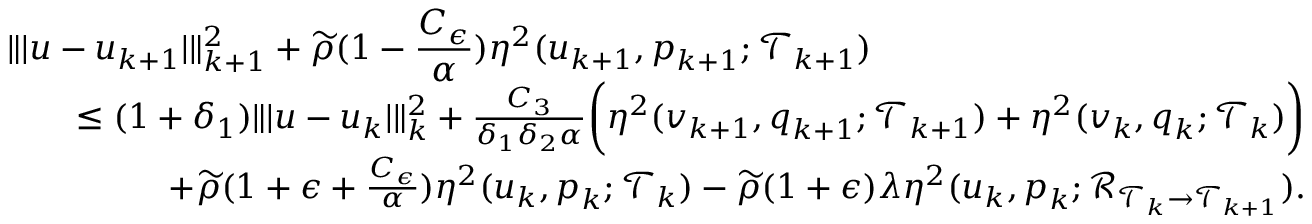
\begin{array} { r l r } { \lefteqn { \| \vert \boldsymbol { u } - \boldsymbol { u } _ { k + 1 } \vert \| _ { k + 1 } ^ { 2 } + \widetilde { \rho } ( 1 - \frac { C _ { \epsilon } } { \alpha } ) \eta ^ { 2 } ( \boldsymbol { u } _ { k + 1 } , \boldsymbol { p } _ { k + 1 } ; \mathcal { T } _ { k + 1 } ) } } \\ & { } & { \leq ( 1 + \delta _ { 1 } ) \| \vert \boldsymbol { u } - \boldsymbol { u } _ { k } \vert \| _ { k } ^ { 2 } + \frac { C _ { 3 } } { \delta _ { 1 } \delta _ { 2 } \alpha } \bigg ( \eta ^ { 2 } ( \boldsymbol { v } _ { k + 1 } , \boldsymbol { q } _ { k + 1 } ; \mathcal { T } _ { k + 1 } ) + \eta ^ { 2 } ( \boldsymbol { v } _ { k } , \boldsymbol { q } _ { k } ; \mathcal { T } _ { k } ) \bigg ) } \\ & { } & { \quad + \widetilde { \rho } ( 1 + \epsilon + \frac { C _ { \epsilon } } { \alpha } ) \eta ^ { 2 } ( \boldsymbol { u } _ { k } , \boldsymbol { p } _ { k } ; \mathcal { T } _ { k } ) - \widetilde { \rho } ( 1 + \epsilon ) \lambda \eta ^ { 2 } ( \boldsymbol { u } _ { k } , \boldsymbol { p } _ { k } ; \mathcal { R } _ { \mathcal { T } _ { k } \rightarrow \mathcal { T } _ { k + 1 } } ) . } \end{array}